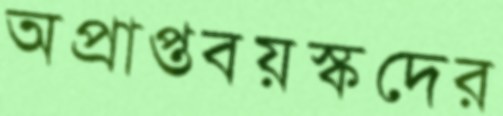
অপ্রাপ্তবয়স্কদের